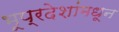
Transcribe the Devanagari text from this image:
भूप्रदेशांमधून